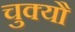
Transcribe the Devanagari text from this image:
चुक्यौ